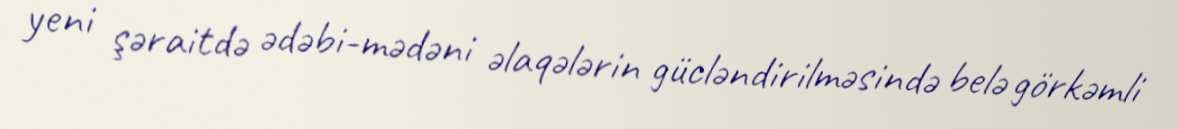
yeni şəraitdə ədəbi-mədəni əlaqələrin gücləndirilməsində belə görkəmli